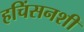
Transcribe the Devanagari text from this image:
हचिंसनशी